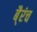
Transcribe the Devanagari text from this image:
बै्रंच